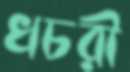
খচরী